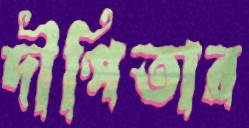
দীপিতার